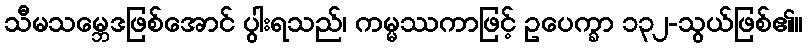
သီမသမ္ဘေဒဖြစ်အောင် ပွါးရသည်၊ ကမ္မဿကာဖြင့် ဥပေက္ခာ ၁၃၂-သွယ်ဖြစ်၏။